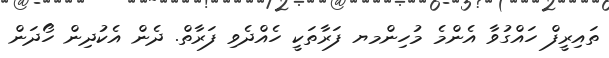
ތައިރީފް ހައްގުވާ އެންމެ މުހިންމޔ ފަރާތަކީ ހެއްދެވި ފަރާތް. ދެން އެކުދިން ހޯދަން